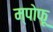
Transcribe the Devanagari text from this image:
म्पोफू